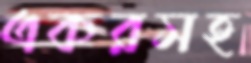
একরসহ